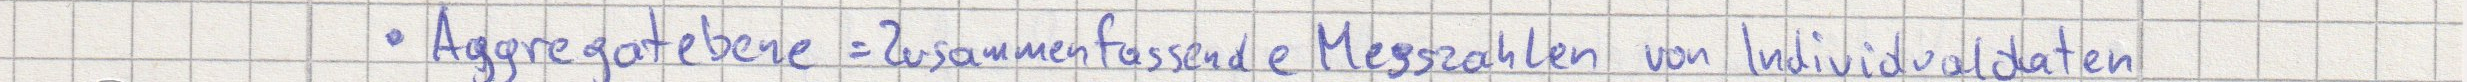
Aggregatebene = Zusammenfassende Messzahlen von Individualdaten